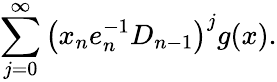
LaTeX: \sum_{j=0}^{\infty}\left(x_{n}e_{n}^{-1}D_{n-1}\right)^{j}g(x).